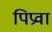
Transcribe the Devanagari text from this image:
पिप्रवा